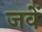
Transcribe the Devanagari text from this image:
जवें